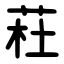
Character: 荰